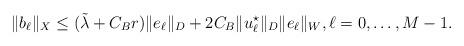
LaTeX: \begin{align*}\| b_\ell \|_X \le (\tilde\lambda+C_Br)\|e_\ell\|_D+2C_B\|u_\ell^\star\|_D \|e_\ell\|_W,\ell=0,\dotsc,M-1 .\end{align*}